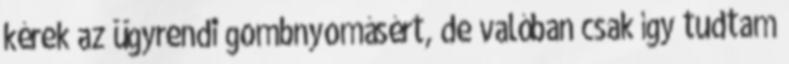
kérek az ügyrendi gombnyomásért, de valóban csak így tudtam